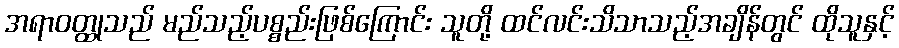
အရာဝတ္ထုသည် မည်သည့်ပစ္စည်းဖြစ်ကြောင်း သူတို့ ထင်လင်းသိသာသည့်အချိန်တွင် ထိုသူနှင့်